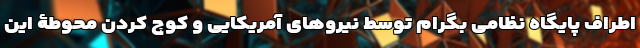
اطراف پایگاه نظامی بگرام توسط نیروهای آمریکایی و کوچ کردن محوطۀ این